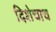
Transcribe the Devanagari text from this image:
दिशेचाच